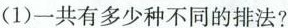
(1)一共有多少种不同的排法?